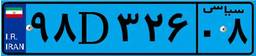
۹۸D۳۲۶۰۸